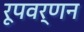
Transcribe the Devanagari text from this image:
रूपवर्णन